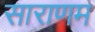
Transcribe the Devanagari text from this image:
साराणम